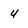
Character: 4